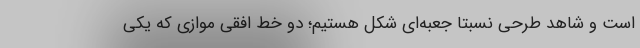
است و شاهد طرحی نسبتاً جعبه‌ای شکل هستیم؛ دو خط افقی موازی که یکی